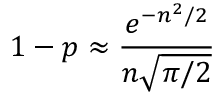
1 - p \approx { \frac { e ^ { - n ^ { 2 } / 2 } } { n { \sqrt { \pi / 2 } } } }